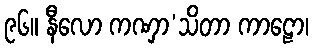
၉၆။ နီလော ကဏှာ’သိတာ ကာဠော၊